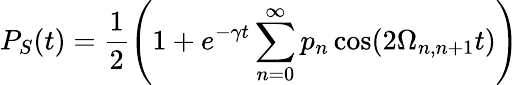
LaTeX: P_{S}(t)=\frac{1}{2}\left(1+e^{-\gamma t}\sum_{n=0}^{\infty}p_{n}\cos(2\Omega_{n,n+1}t)\right)